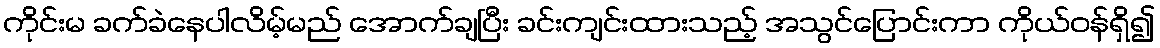
ကိုင်းမ ခက်ခဲနေပါလိမ့်မည် အောက်ချပြီး ခင်းကျင်းထားသည့် အသွင်ပြောင်းကာ ကိုယ်ဝန်ရှိ၍